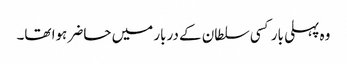
وہ پہلی بار کسی سلطان کے دربار میں حاضر ہوا تھا۔